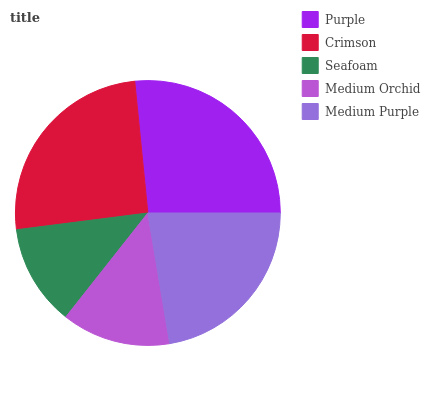
| Purple | Crimson | Seafoam | Medium Orchid | Medium Purple |
 | --- | --- | --- | --- | --- |
 | 26.6% | 25.4% | 12.3% | 13.3% | 22.4% |